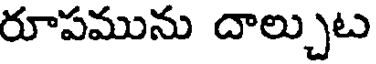
రూపమును దాల్చుట